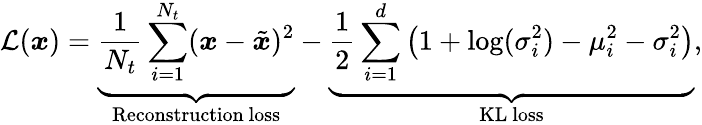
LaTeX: \mathcal{L}(\boldsymbol{x})=\underbrace{\frac{1}{N_{t}}\sum_{i=1}^{N_{t}}(\boldsymbol{x}-\tilde{\boldsymbol{x}})^{2}}_{\mathrm{Reconstruction~loss}}-\underbrace{\frac{1}{2}\sum_{i=1}^{d}\big(1+\log(\sigma_{i}^{2})-\mu_{i}^{2}-\sigma_{i}^{2}\big)}_{\mathrm{KL~loss}},